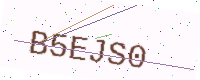
Text: B5EJS0